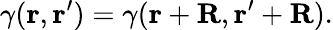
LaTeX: \gamma({\mathbf r},{\mathbf r}^{\prime})=\gamma({\mathbf r}+{\mathbf R},{\mathbf r}^{\prime}+{\mathbf R}).